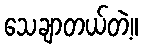
သေချာတယ်တဲ့။